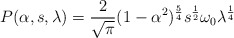
\begin{align*}P(\alpha, s, \lambda) = \frac{2}{\sqrt\pi}(1-\alpha^2)^{\frac{5}{4}}s^{\frac{1}{2}}\omega_0\lambda^{\frac{1}{4}}\end{align*}